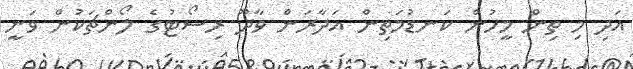
އަދި މި ތިން މީހުން ކަނޑުމަތިން އަދާރަން ވާދޫ ރިސޯޓުގެ ލޯންޗަކުން ވަނީ